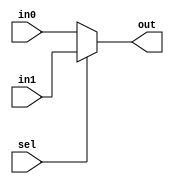
module mu2(in0, in1, sel,out);
input [31:0] in0;
input [31:0] in1;
input sel;
output [31:0] out;

assign out = (sel)? in1:in0;
 /*      
always @(*)
begin
//$monitor("%d %d %d",in0,in1,out);
end*/
endmodule